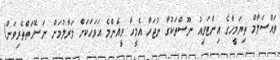
ވައްސަލާމް ތިޔަމީހާގެ އިންޓަވިއު ނޫސްތަކުގާ ނުޖަހާ އެމީހާ ވީއެންމެ އަވަހަކަށް މަރާލުމަށް ނަސޭހަތްތެރިވަން!